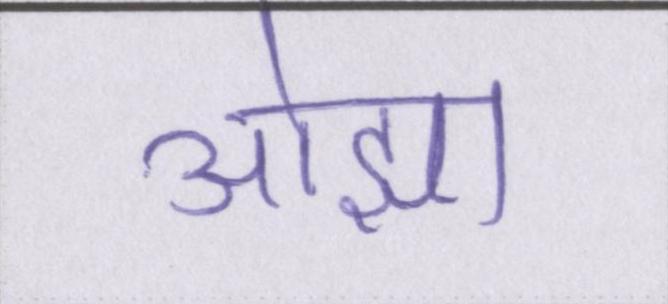
ओझा